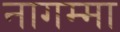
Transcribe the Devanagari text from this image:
नागम्मा